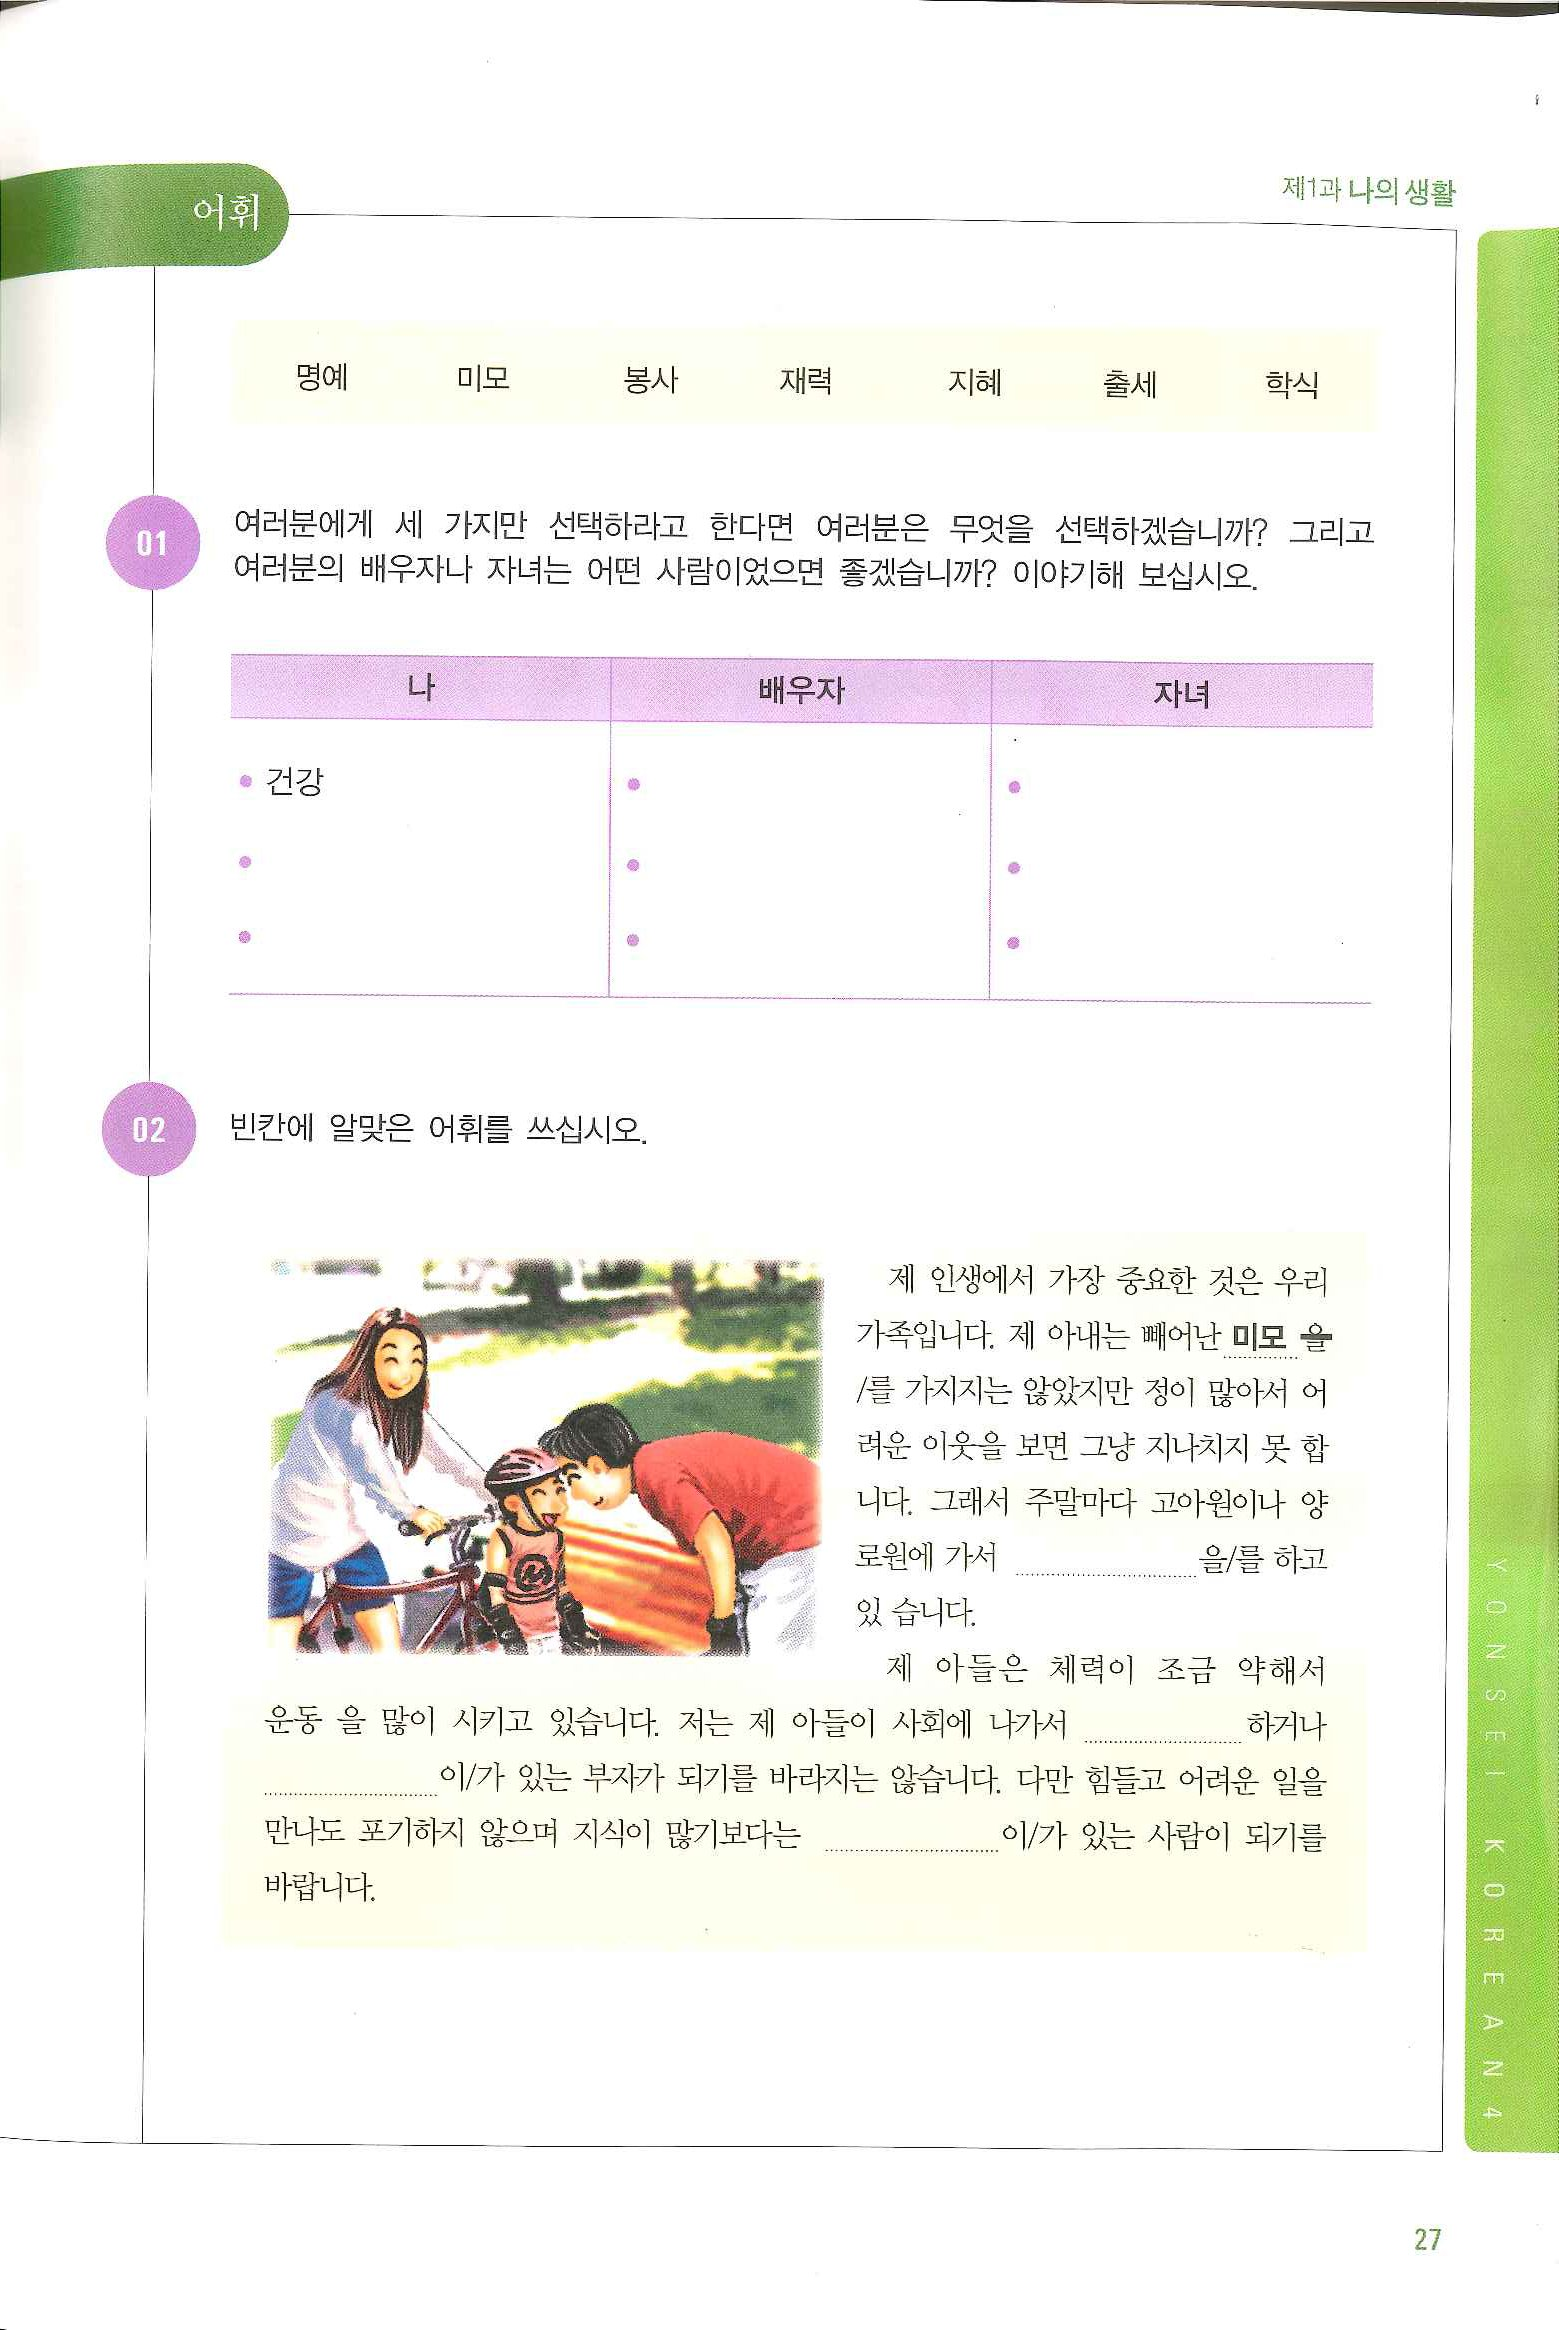
Language: ko